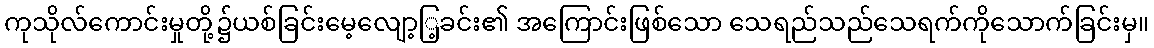
ကုသိုလ်ကောင်းမှုတို့၌ယစ်ခြင်းမေ့လျော့ြ့ခင်း၏ အကြောင်းဖြစ်သော သေရည်သည်သေရက်ကိုသောက်ခြင်းမှ။